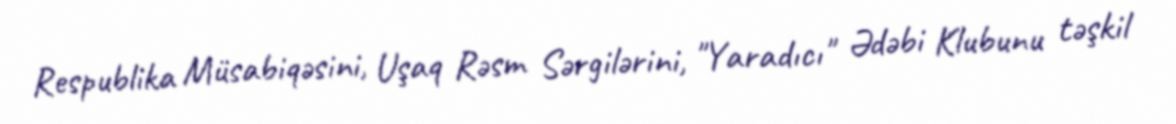
Respublika Müsabiqəsini, Uşaq Rəsm Sərgilərini, "Yaradıcı" Ədəbi Klubunu təşkil